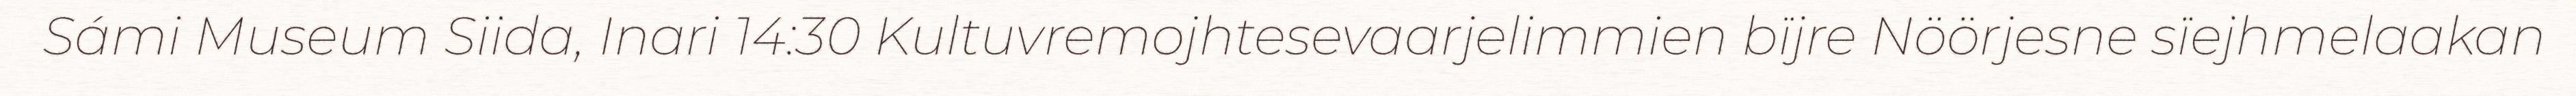
Sámi Museum Siida, Inari 14:30 Kultuvremojhtesevaarjelimmien bïjre Nöörjesne sïejhmelaakan